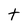
Character: t